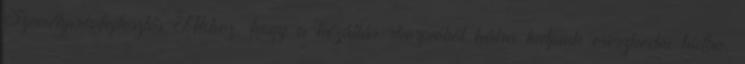
Személyiségfejlesztés Ahhoz, hogy a kézállás-skorpióból hátra tudjunk ereszkedni hídba,